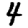
Digit: 4